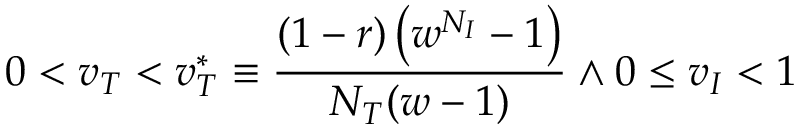
0 < v _ { T } < v _ { T } ^ { * } \equiv \frac { ( 1 - r ) \left( w ^ { N _ { I } } - 1 \right) } { N _ { T } ( w - 1 ) } \land 0 \le v _ { I } < 1